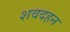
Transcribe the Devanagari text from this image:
शवदहन